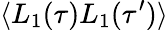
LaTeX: \langle L_{1}(\tau)L_{1}(\tau^{\prime})\rangle